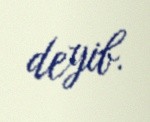
deyib.